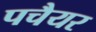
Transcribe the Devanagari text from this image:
पचैयर